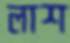
লাশ